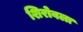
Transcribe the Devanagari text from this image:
शिरोवला